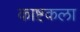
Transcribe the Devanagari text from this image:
काष्टकला